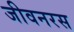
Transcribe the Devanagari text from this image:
जीवनरस